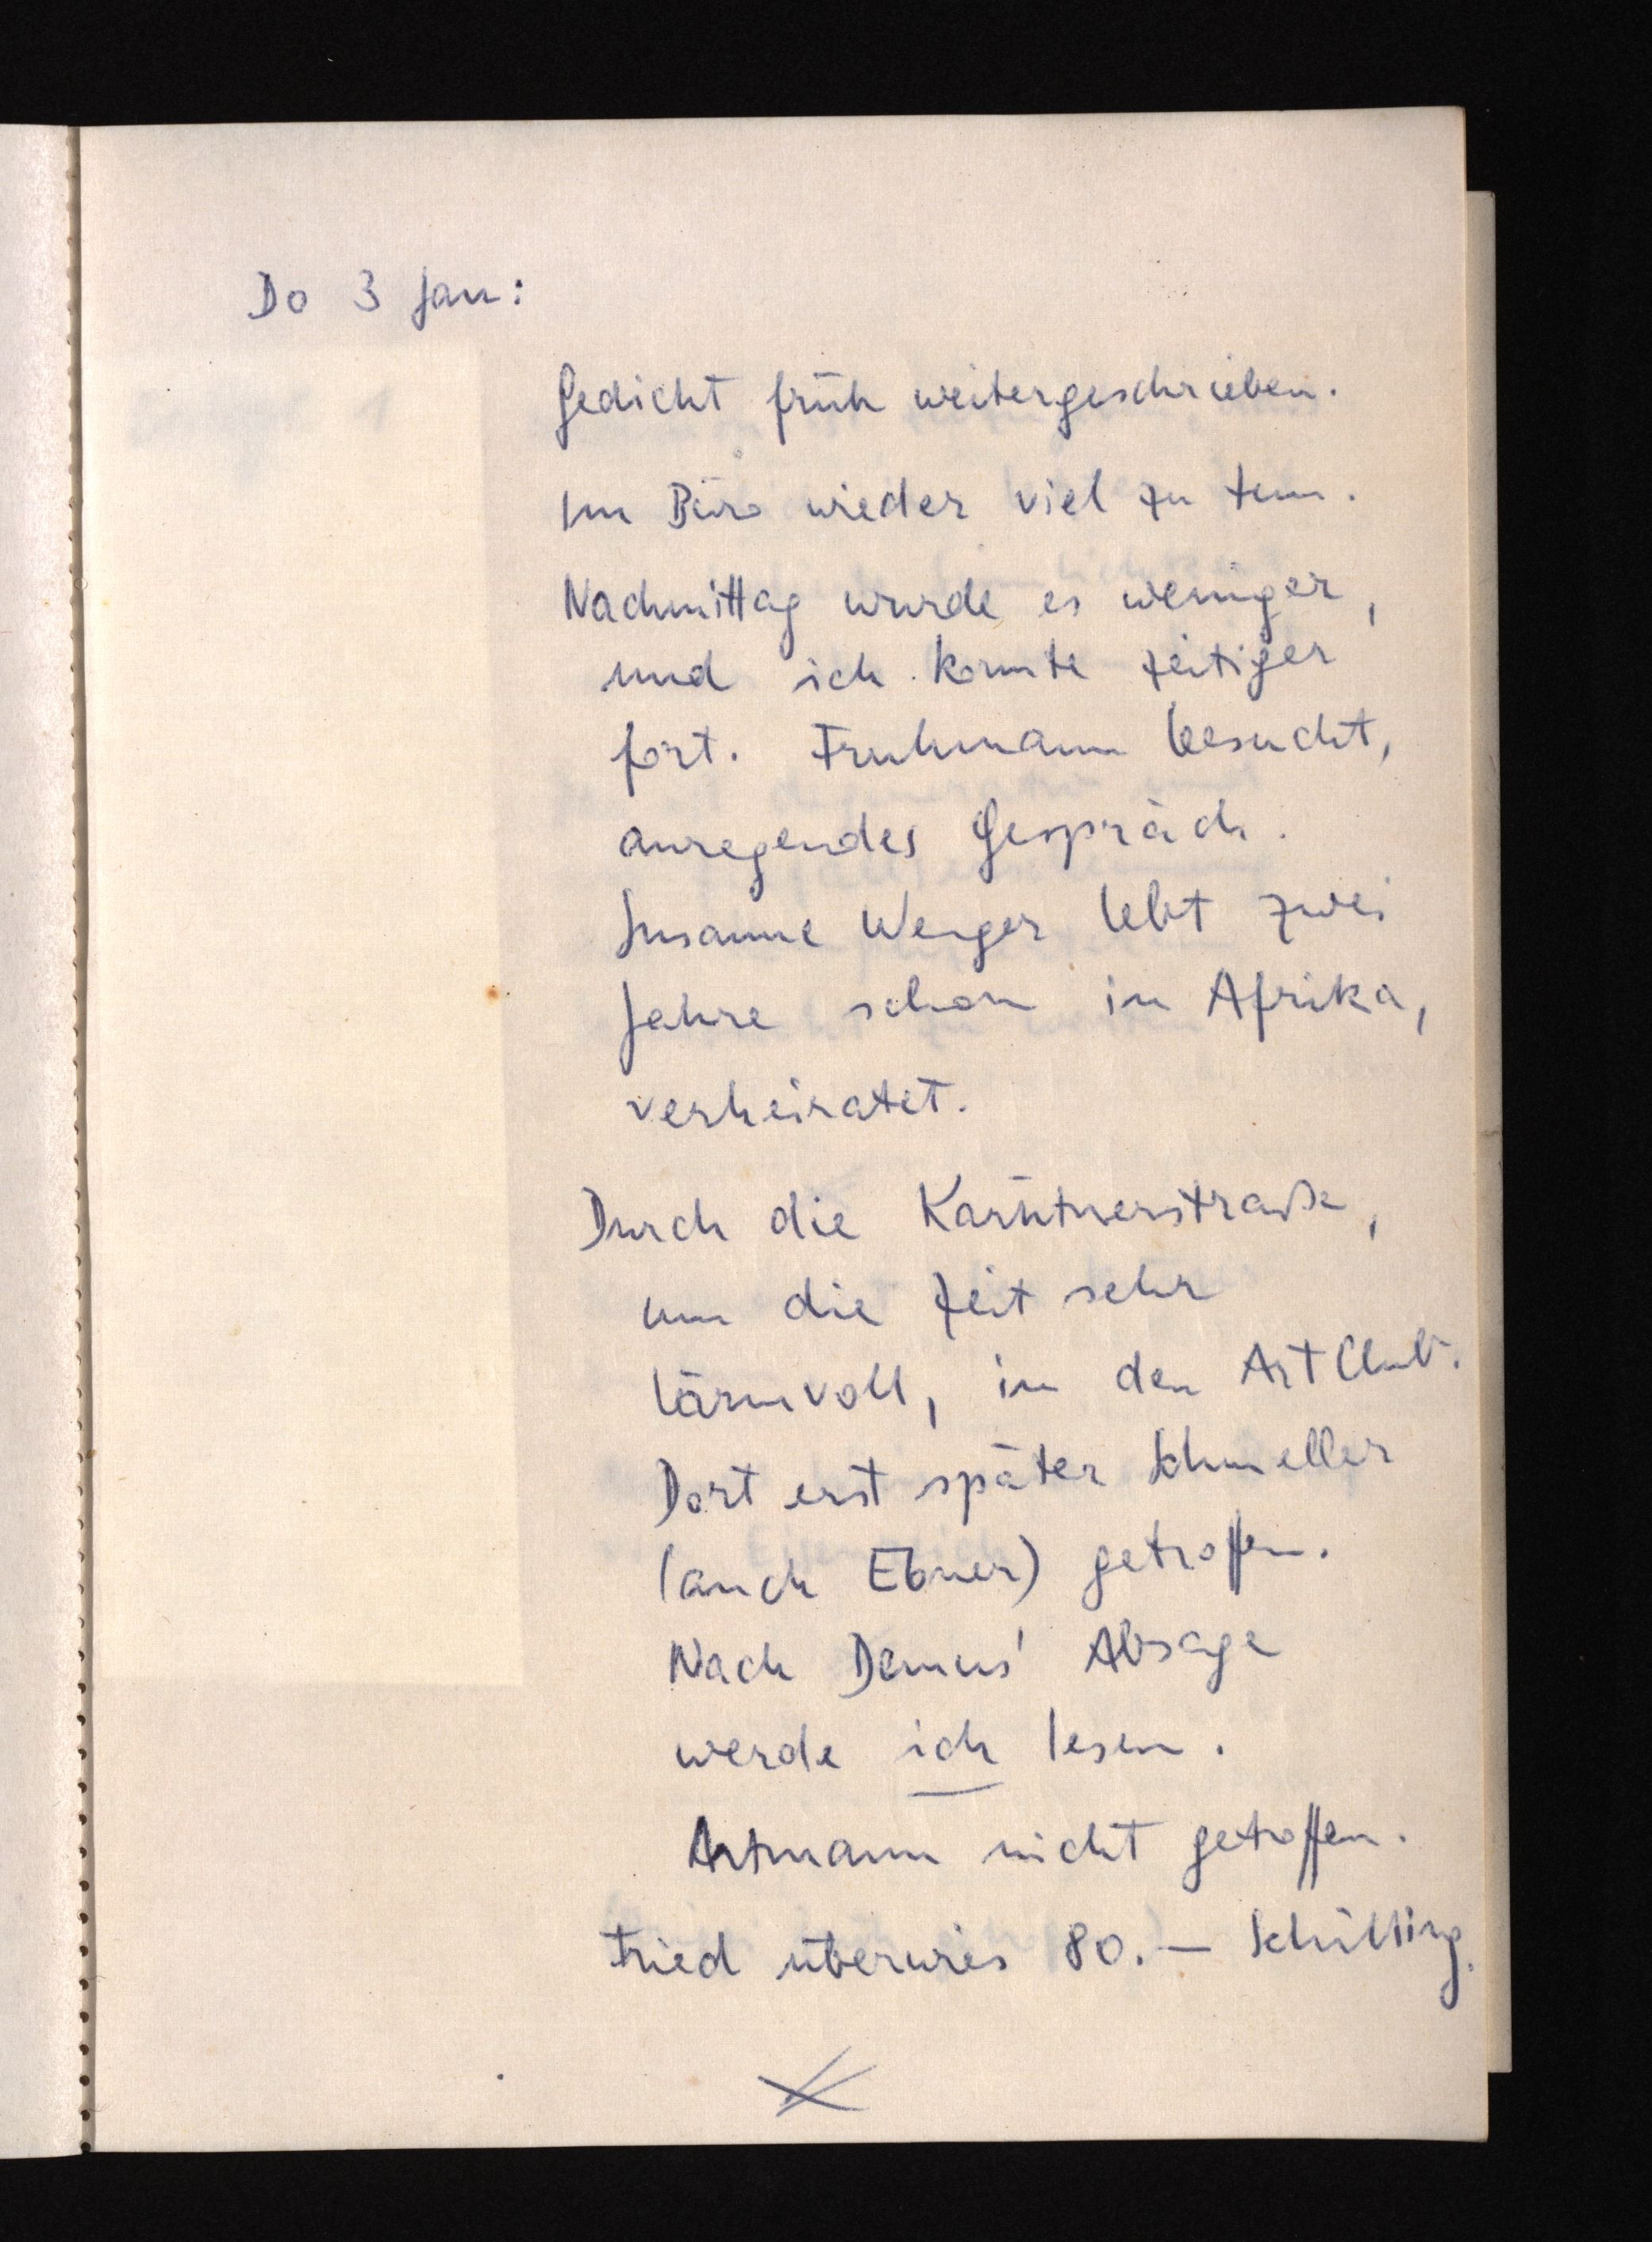
Do 3 Jan:
Gedicht früh weitergeschrieben.
Im Büro wieder viel zu tun.
Nachmittag wurde es weniger,
und ich konnte zeitiger
fort. Fruhmann besucht,
anregendes Gespräch.
Susanne Wenger lebt zwei
Jahre schon in Afrika,
verheiratet.
Durch die Kärntnerstraße,
um die Zeit sehr
lärmvoll, in den Art Club.
Dort erst später Schmeller
(auch Ebner) getroffen.
Nach Demus' Absage
werde ich lesen.
Artmann nicht getroffen.
Fried überwies 80.- Schilling.